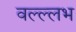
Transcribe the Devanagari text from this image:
वल्ल्लभ